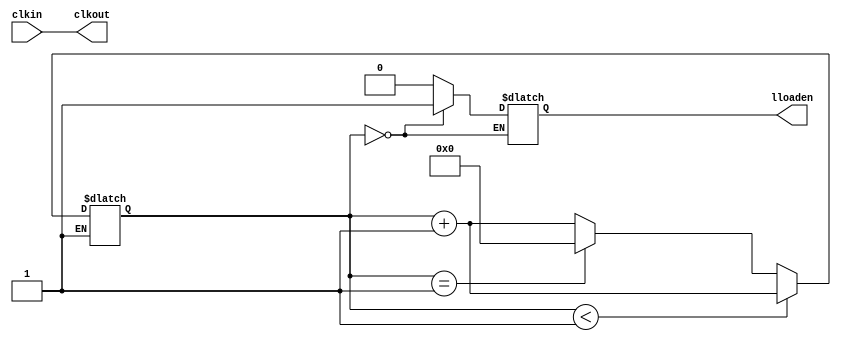
module hardcopyiii_pclk_divider (
                            clkin,
                            lloaden,
                            clkout
                          );
 parameter clk_divide_by =1;
 input clkin;
 output lloaden;
 output clkout;
 reg clkout_tmp;
 reg[4:0] cnt;
 reg start;
 reg count;
 reg lloaden_tmp;
 assign clkout = (clk_divide_by == 1) ? clkin :clkout_tmp;
 assign lloaden = lloaden_tmp;
 initial
 begin
    clkout_tmp = 1'b0;
    cnt = 5'b00000;
   start = 1'b0;
    count = 1'b0;
    lloaden_tmp = 1'b0;
 end
 always @(clkin)
    begin
         if (clkin == 1'b1 )
             begin
                 count = 1'b1;
             end
         if(count == 1'b1)
             begin
                 if(cnt < clk_divide_by)
                     begin
                         clkout_tmp = 1'b0;
                         cnt = cnt + 1'b1;
                     end
                 else
                     begin
                         if(cnt == 2*clk_divide_by -1)
                             cnt = 0;
                         else
                             begin
                                 clkout_tmp = 1'b1;
                                 cnt = cnt + 1;
                             end
                     end
             end
    end
 always@( clkin or cnt )
    begin
        if( cnt == 2*clk_divide_by -2)
            lloaden_tmp = 1'b1;
        else if(cnt == 0)
            lloaden_tmp = 1'b0;
    end
 endmodule